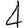
Digit: 4